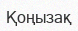
Қоңызақ